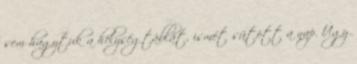
sem hagytuk a helységtáblát, ismét sütött a nap. Úgy